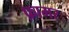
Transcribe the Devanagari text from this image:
फ़ामर